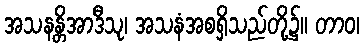
အသနန္တိအာဒီသု၊ အသနံအစရှိသည်တို့၌။ တာဝ၊